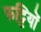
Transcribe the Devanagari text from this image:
फट्टियों